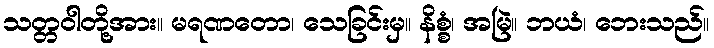
သတ္တဝါတို့အား။ မရဏတော၊ သေခြင်းမှ။ နိစ္စံ၊ အမြဲ။ ဘယံ၊ ဘေးသည်။